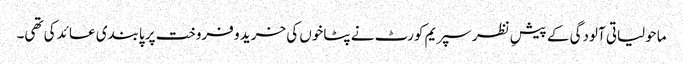
ماحولیاتی آلودگی کے پیشِ نظر سپریم کورٹ نے پٹاخوں کی خرید و فروخت پر پابندی عائد کی تھی۔